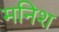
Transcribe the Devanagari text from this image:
मनिश